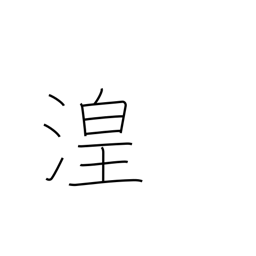
Meaning: wetland